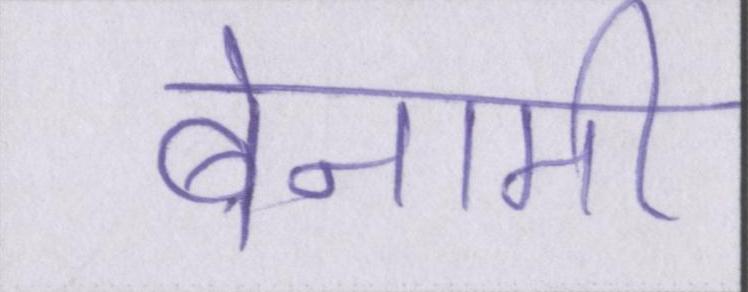
बेनामी